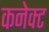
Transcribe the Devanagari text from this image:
कनेक्‍ट